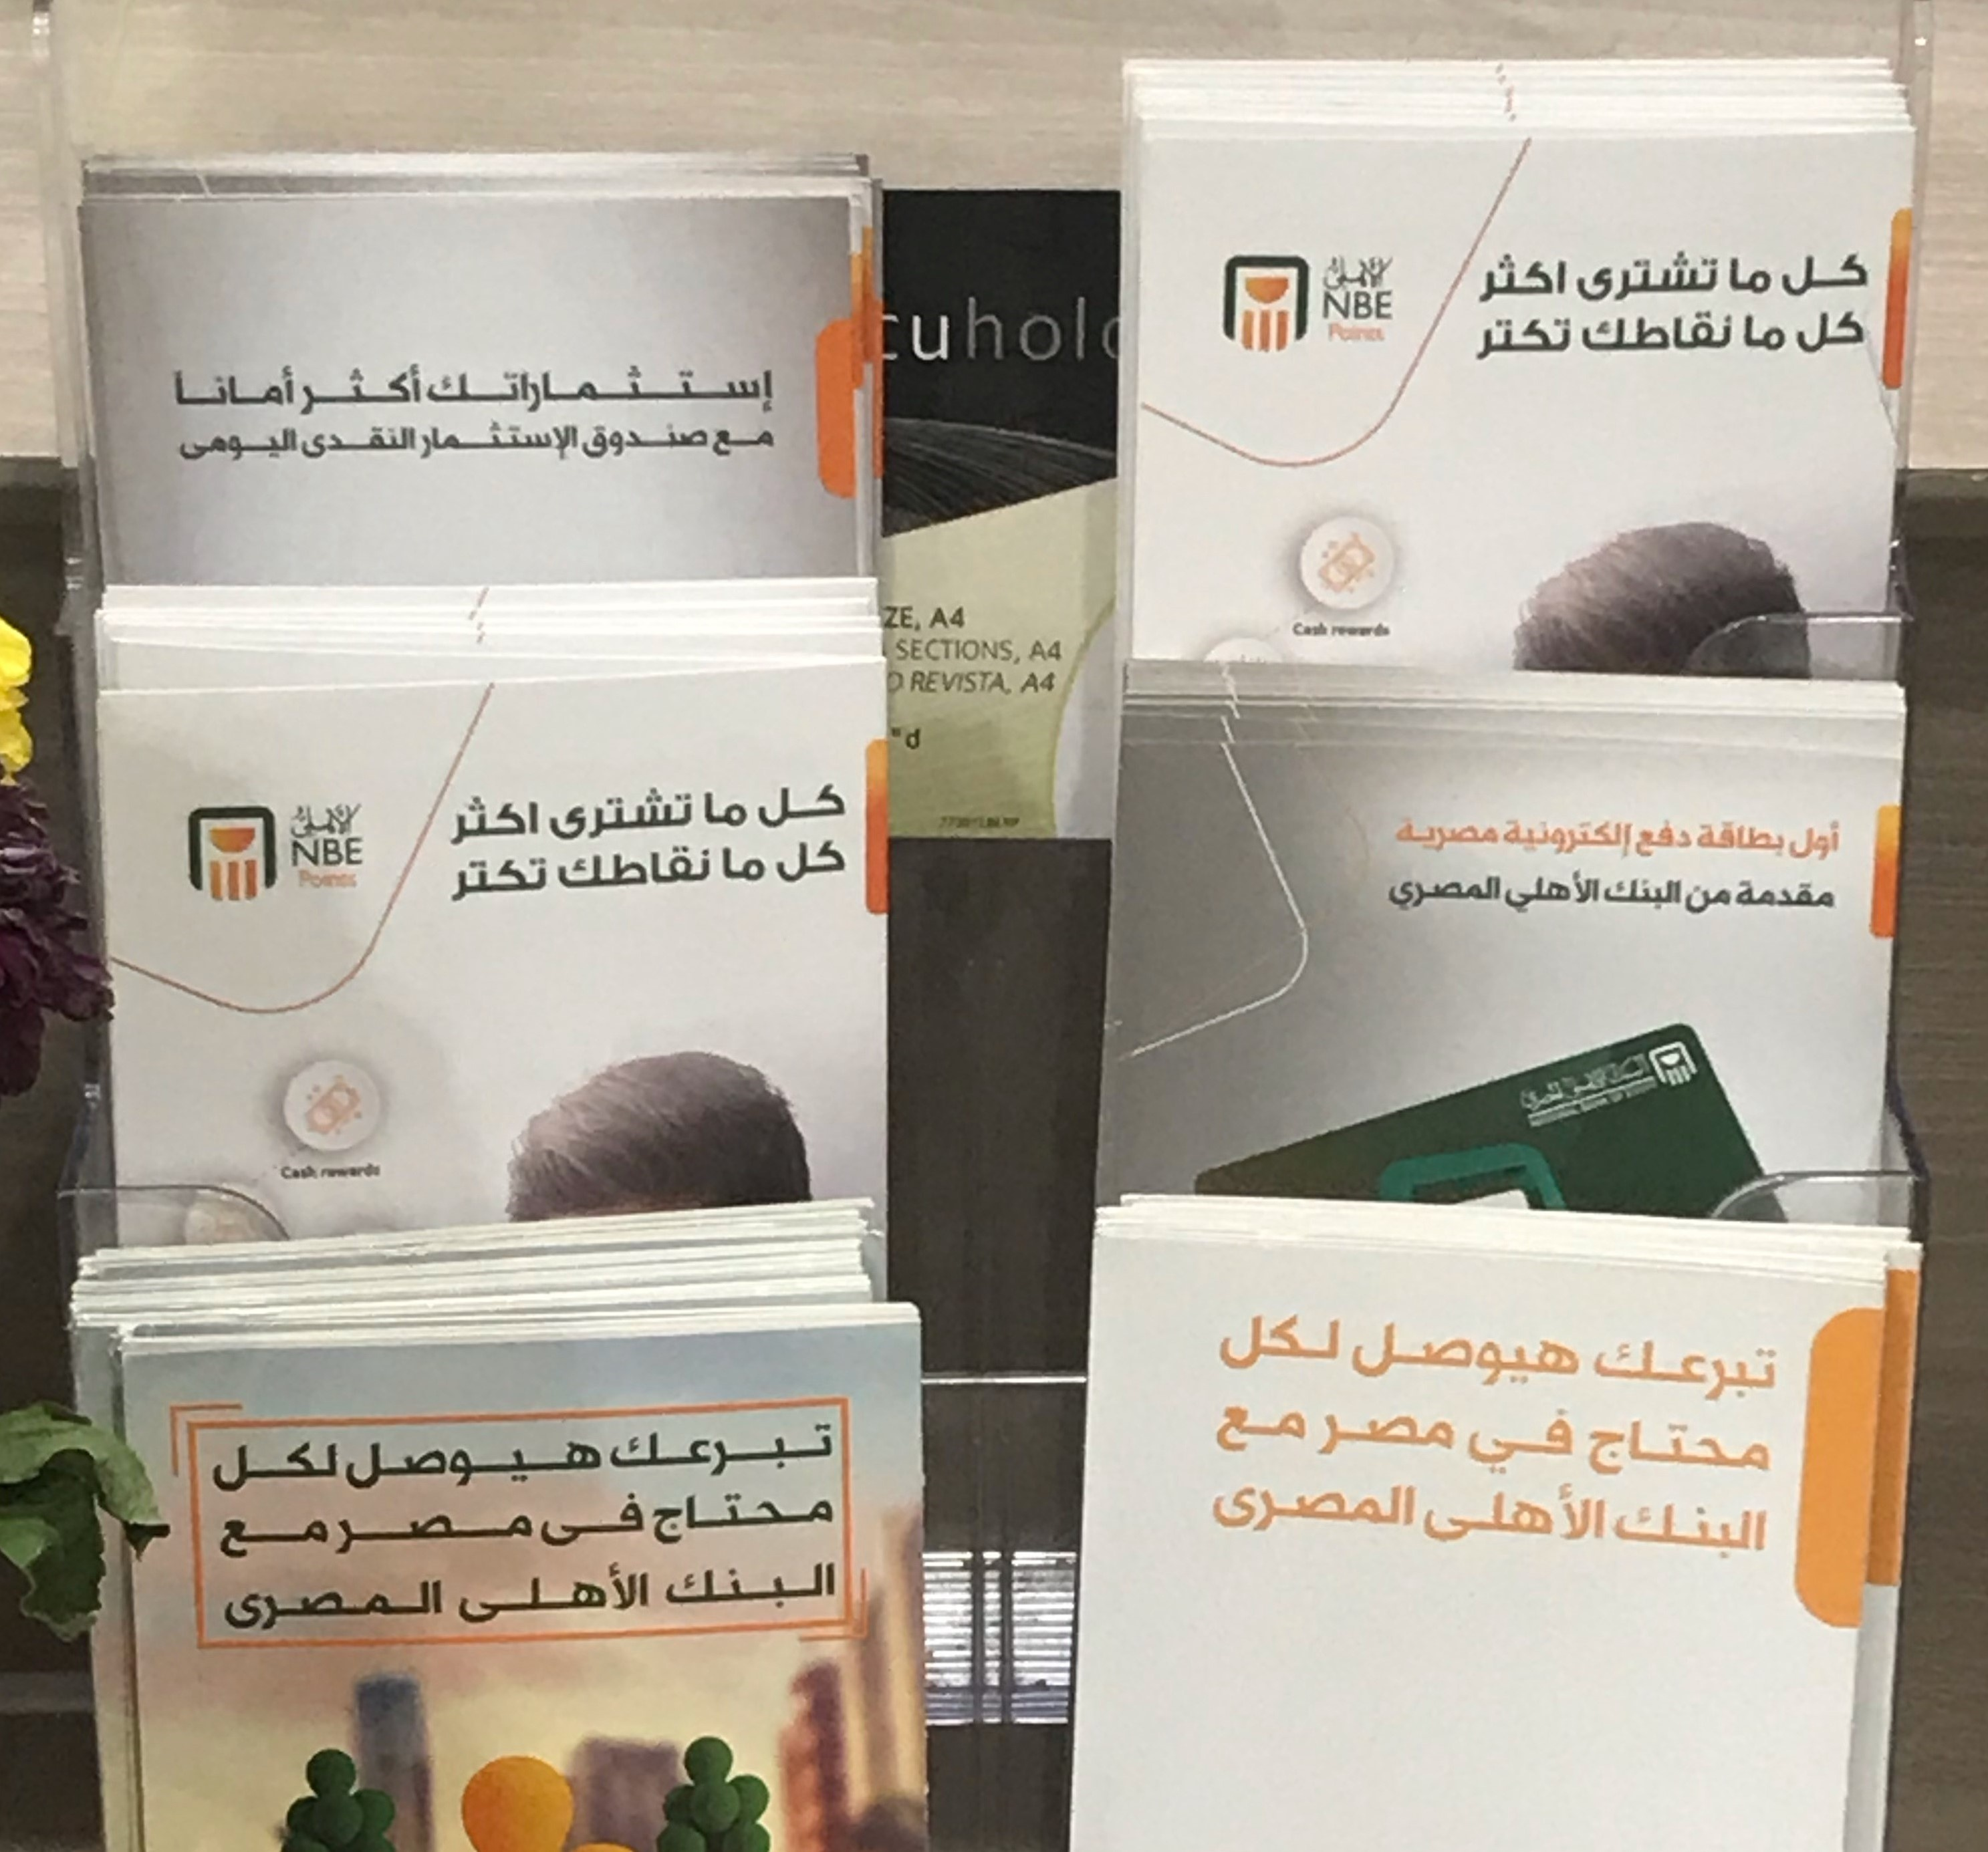
Text in image: الأهلى كل ما تشترى اكثر كل نقاطك ما تكتر أمانا إستثماراتك أكثر الإستثمار مع النقدى صندوق اليومى كل ما تشترى اكثر الأهلى مصرية إلكترونية دفع بطاقة أول كل ما نقاطك تكتر المصري الأهلي البنك مقدمة من لكل هيوصل تبرعك مع مصر في محتاج تبرعك هيوصل لكل المصرى الأهلى محتاج فى البنك مصر مع البنك الأهلى المصرى NBE ZE A4 SECTIONS A4 A4 REVISTA NBE